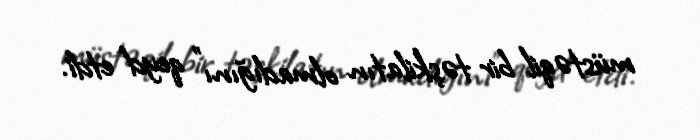
müstəqil bir təşkilatın olmadığını" qeyd etdi.